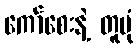
ကော်စေးနဲ့ တူပုံ